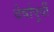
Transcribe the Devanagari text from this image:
वेर्षापुर्वी